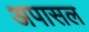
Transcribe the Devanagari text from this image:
अपासल